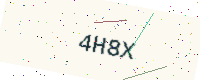
Text: 4H8X